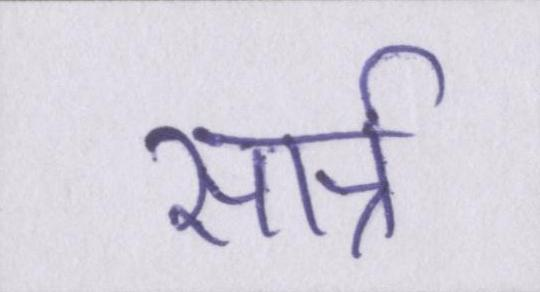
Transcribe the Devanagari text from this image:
सार्त्र